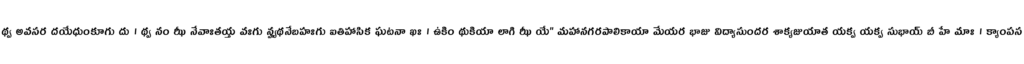
థ్వ అవసర దయేధుంకూగు దు । థ్వ నం ఝీ నేవాఃతయ్త వఃగు న్హ్యథనేబహఃగు ఐతిహాసిక ఘటనా ఖః । ఉకిం థుకియా లాగి ఝీ యే" మహానగరపాలికాయా మేయర భాజు విద్యాసుందర శాక్యజుయాత యక్వ యక్వ సుభాయ్ బీ హే మాః । క్యాంపస